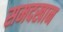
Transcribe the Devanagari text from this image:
समदखान